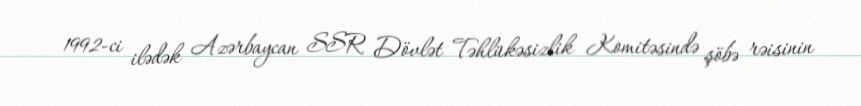
1992-ci ilədək Azərbaycan SSR Dövlət Təhlükəsizlik Komitəsində şöbə rəisinin